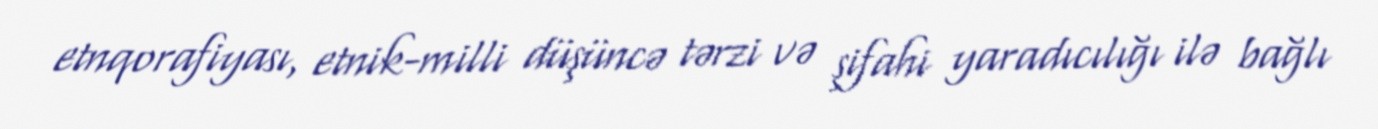
etnqorafiyası, etnik-milli düşüncə tərzi və şifahi yaradıcılığı ilə bağlı